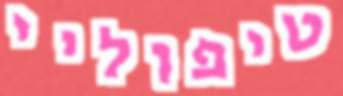
טיפוליי